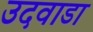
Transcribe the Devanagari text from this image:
उदवाडा